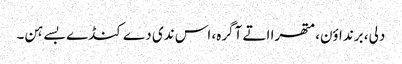
دلی، برنداؤن، متھرا اتے آگرہ، اس ندی دے کنڈے بسے ہن۔